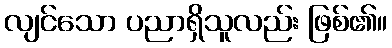
လျင်သော ပညာရှိသူလည်း ဖြစ်၏။